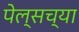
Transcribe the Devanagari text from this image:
पेल्सच्या